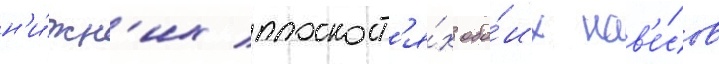
н'и́жн'их плоскост'я́х обо́их нав'е́сов